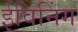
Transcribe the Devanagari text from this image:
ईविनिंग